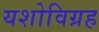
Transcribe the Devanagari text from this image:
यशोविग्रह